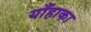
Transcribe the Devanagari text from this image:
याँहाका